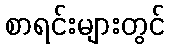
စာရင်းများတွင်